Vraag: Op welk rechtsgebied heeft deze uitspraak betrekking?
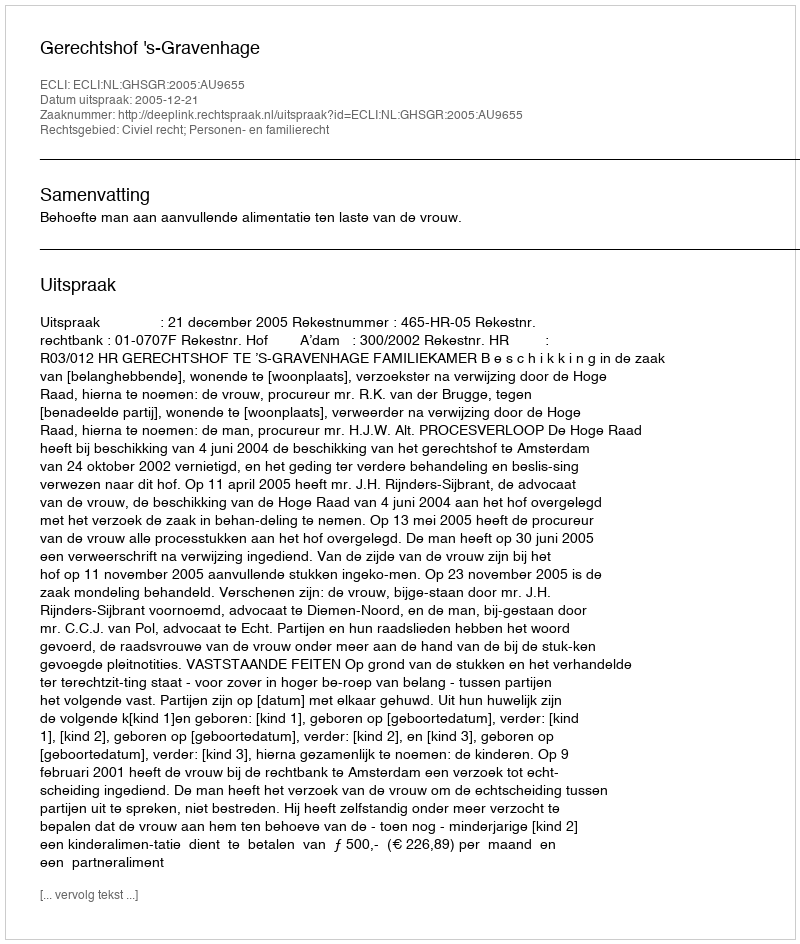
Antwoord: Civiel recht; Personen- en familierecht